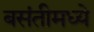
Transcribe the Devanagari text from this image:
बसंतीमध्ये